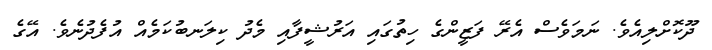
ދޫކޮށްލިއެވެ. ނަމަވެސް އެރޭ ފަޒީންގެ ހިތުގައި އަރުޝީފާއި މެދު ކިލަނބުކަމެއް އުފެދުނެވެ. އޭގެ